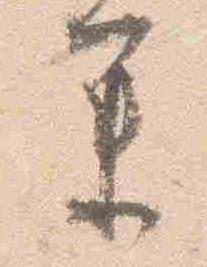
参